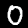
Digit: 0